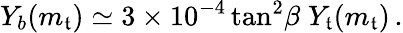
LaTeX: Y_{b}(m_{\mathfrak{t}})\simeq3\times10^{-4}\tan^{2}\! \beta\; Y_{\mathfrak{t}}(m_{\mathfrak{t}})\, .